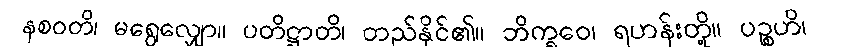
နစဝတိ၊ မရွေလျှော။ ပတိဋ္ဌာတိ၊ တည်နိုင်၏။ ဘိက္ခဝေ၊ ရဟန်းတို့။ ပဉ္စဟိ၊